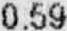
0.59